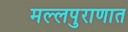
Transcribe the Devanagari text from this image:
मल्लपुराणात